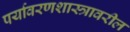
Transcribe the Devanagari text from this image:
पर्यावरणशास्त्रावरील